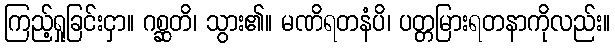
ကြည့်ရှုခြင်းငှာ။ ဂစ္ဆတိ၊ သွား၏။ မဏိရတနံပိ၊ ပတ္တမြားရတနာကိုလည်း။